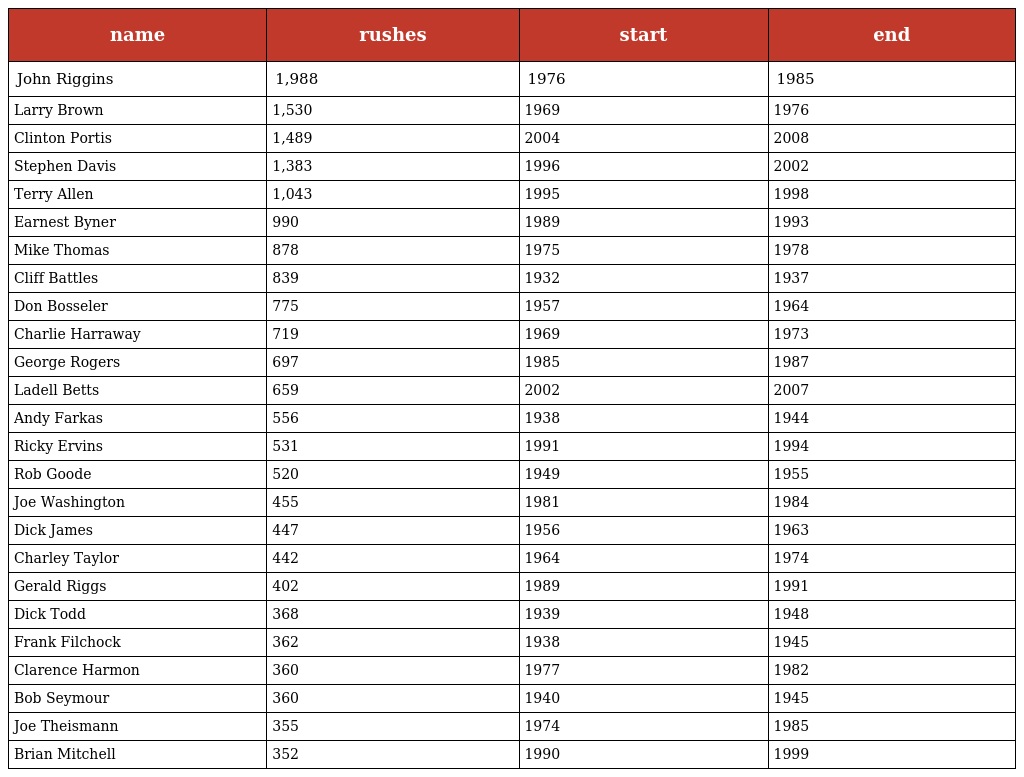
| name | rushes | start | end |
 | --- | --- | --- | --- |
 | John Riggins | 1,988 | 1976 | 1985 |
 | Larry Brown | 1,530 | 1969 | 1976 |
 | Clinton Portis | 1,489 | 2004 | 2008 |
 | Stephen Davis | 1,383 | 1996 | 2002 |
 | Terry Allen | 1,043 | 1995 | 1998 |
 | Earnest Byner | 990 | 1989 | 1993 |
 | Mike Thomas | 878 | 1975 | 1978 |
 | Cliff Battles | 839 | 1932 | 1937 |
 | Don Bosseler | 775 | 1957 | 1964 |
 | Charlie Harraway | 719 | 1969 | 1973 |
 | George Rogers | 697 | 1985 | 1987 |
 | Ladell Betts | 659 | 2002 | 2007 |
 | Andy Farkas | 556 | 1938 | 1944 |
 | Ricky Ervins | 531 | 1991 | 1994 |
 | Rob Goode | 520 | 1949 | 1955 |
 | Joe Washington | 455 | 1981 | 1984 |
 | Dick James | 447 | 1956 | 1963 |
 | Charley Taylor | 442 | 1964 | 1974 |
 | Gerald Riggs | 402 | 1989 | 1991 |
 | Dick Todd | 368 | 1939 | 1948 |
 | Frank Filchock | 362 | 1938 | 1945 |
 | Clarence Harmon | 360 | 1977 | 1982 |
 | Bob Seymour | 360 | 1940 | 1945 |
 | Joe Theismann | 355 | 1974 | 1985 |
 | Brian Mitchell | 352 | 1990 | 1999 |